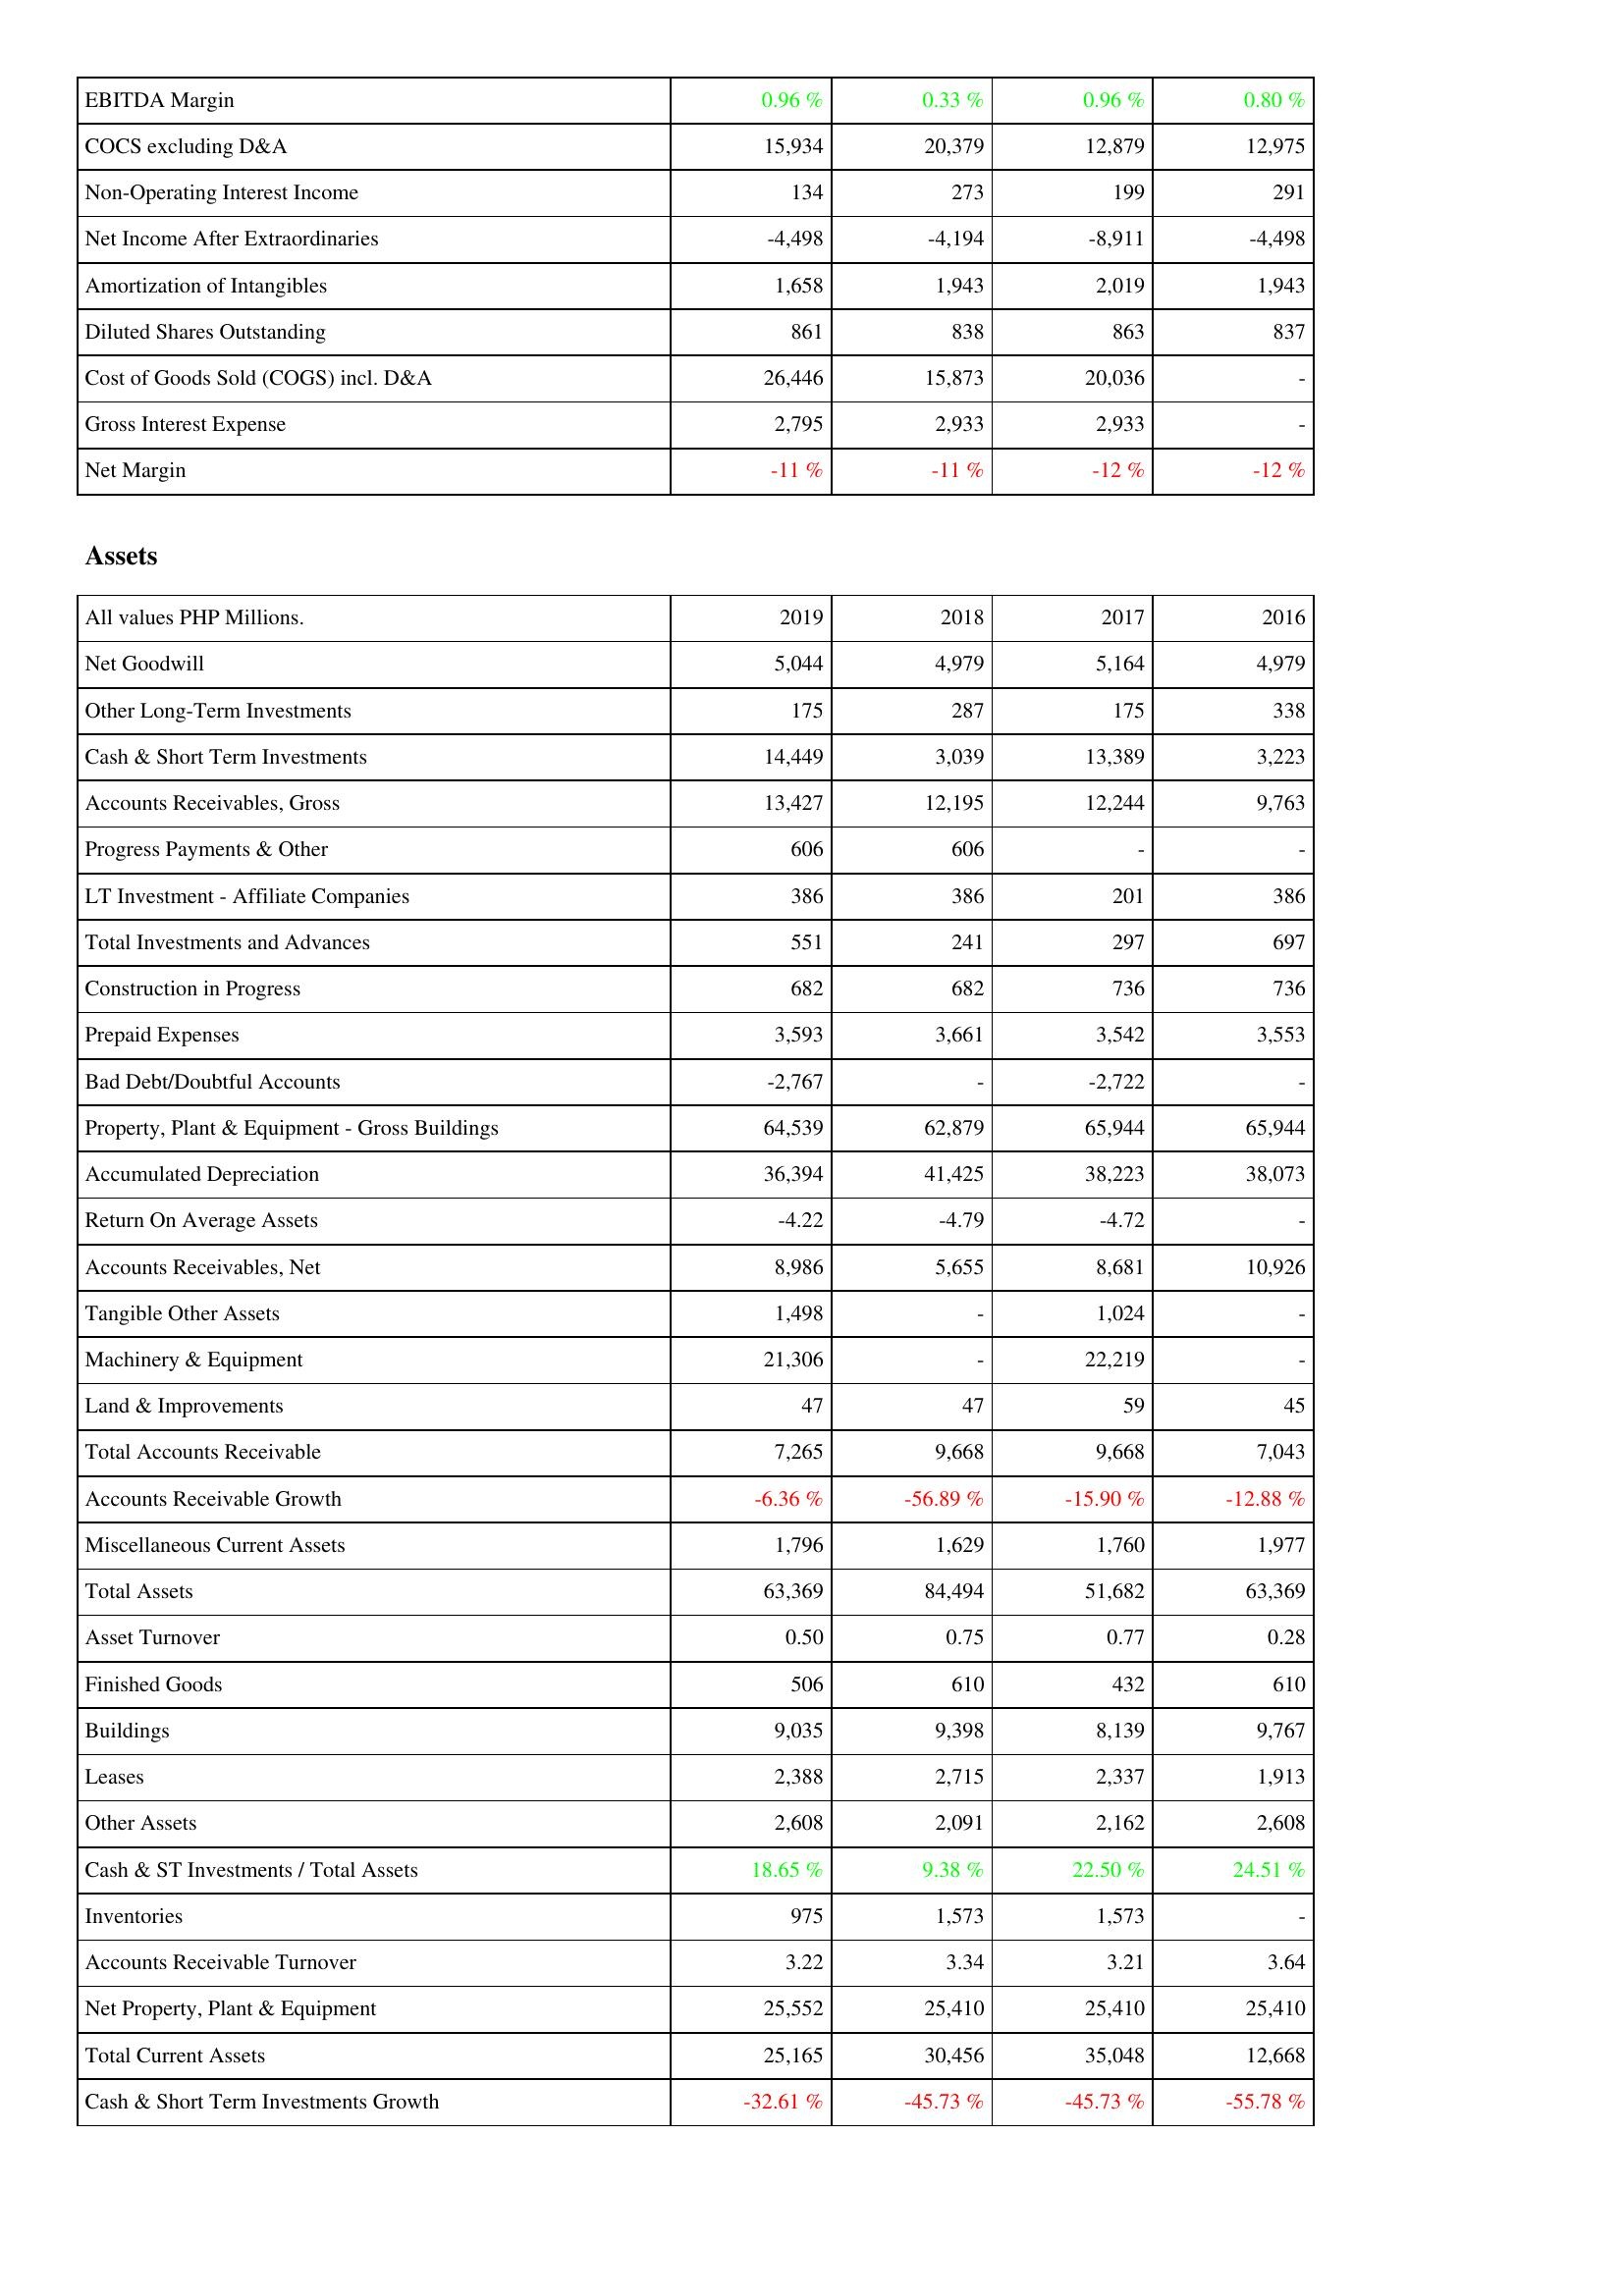
2019: Income Statement: EBITDA Margin: 0.96 %
COCS excluding D&A: 15,934
Non-Operating Interest Income: 134
Net Income After Extraordinaries: -4,498
Amortization of Intangibles: 1,658
Diluted Shares Outstanding: 861
Cost of Goods Sold (COGS) incl. D&A: 26,446
Gross Interest Expense: 2,795
Net Margin: -11 %
Assets: Net Goodwill: 5,044
Other Long-Term Investments: 175
Cash & Short Term Investments: 14,449
Accounts Receivables, Gross: 13,427
Progress Payments & Other: 606
LT Investment - Affiliate Companies: 386
Total Investments and Advances: 551
Construction in Progress: 682
Prepaid Expenses: 3,593
Bad Debt/Doubtful Accounts: -2,767
Property, Plant & Equipment - Gross Buildings: 64,539
Accumulated Depreciation: 36,394
Return On Average Assets: -4.22
Accounts Receivables, Net: 8,986
Tangible Other Assets: 1,498
Machinery & Equipment: 21,306
Land & Improvements: 47
Total Accounts Receivable: 7,265
Accounts Receivable Growth: -6.36 %
Miscellaneous Current Assets: 1,796
Total Assets: 63,369
Asset Turnover: 0.50
Finished Goods: 506
Buildings: 9,035
Leases: 2,388
Other Assets: 2,608
Cash & ST Investments / Total Assets: 18.65 %
Inventories: 975
Accounts Receivable Turnover: 3.22
Net Property, Plant & Equipment: 25,552
Total Current Assets: 25,165
Cash & Short Term Investments Growth: -32.61 %
2018: Income Statement: EBITDA Margin: 0.33 %
COCS excluding D&A: 20,379
Non-Operating Interest Income: 273
Net Income After Extraordinaries: -4,194
Amortization of Intangibles: 1,943
Diluted Shares Outstanding: 838
Cost of Goods Sold (COGS) incl. D&A: 15,873
Gross Interest Expense: 2,933
Net Margin: -11 %
Assets: Net Goodwill: 4,979
Other Long-Term Investments: 287
Cash & Short Term Investments: 3,039
Accounts Receivables, Gross: 12,195
Progress Payments & Other: 606
LT Investment - Affiliate Companies: 386
Total Investments and Advances: 241
Construction in Progress: 682
Prepaid Expenses: 3,661
Bad Debt/Doubtful Accounts: -
Property, Plant & Equipment - Gross Buildings: 62,879
Accumulated Depreciation: 41,425
Return On Average Assets: -4.79
Accounts Receivables, Net: 5,655
Tangible Other Assets: -
Machinery & Equipment: -
Land & Improvements: 47
Total Accounts Receivable: 9,668
Accounts Receivable Growth: -56.89 %
Miscellaneous Current Assets: 1,629
Total Assets: 84,494
Asset Turnover: 0.75
Finished Goods: 610
Buildings: 9,398
Leases: 2,715
Other Assets: 2,091
Cash & ST Investments / Total Assets: 9.38 %
Inventories: 1,573
Accounts Receivable Turnover: 3.34
Net Property, Plant & Equipment: 25,410
Total Current Assets: 30,456
Cash & Short Term Investments Growth: -45.73 %
2017: Income Statement: EBITDA Margin: 0.96 %
COCS excluding D&A: 12,879
Non-Operating Interest Income: 199
Net Income After Extraordinaries: -8,911
Amortization of Intangibles: 2,019
Diluted Shares Outstanding: 863
Cost of Goods Sold (COGS) incl. D&A: 20,036
Gross Interest Expense: 2,933
Net Margin: -12 %
Assets: Net Goodwill: 5,164
Other Long-Term Investments: 175
Cash & Short Term Investments: 13,389
Accounts Receivables, Gross: 12,244
Progress Payments & Other: -
LT Investment - Affiliate Companies: 201
Total Investments and Advances: 297
Construction in Progress: 736
Prepaid Expenses: 3,542
Bad Debt/Doubtful Accounts: -2,722
Property, Plant & Equipment - Gross Buildings: 65,944
Accumulated Depreciation: 38,223
Return On Average Assets: -4.72
Accounts Receivables, Net: 8,681
Tangible Other Assets: 1,024
Machinery & Equipment: 22,219
Land & Improvements: 59
Total Accounts Receivable: 9,668
Accounts Receivable Growth: -15.90 %
Miscellaneous Current Assets: 1,760
Total Assets: 51,682
Asset Turnover: 0.77
Finished Goods: 432
Buildings: 8,139
Leases: 2,337
Other Assets: 2,162
Cash & ST Investments / Total Assets: 22.50 %
Inventories: 1,573
Accounts Receivable Turnover: 3.21
Net Property, Plant & Equipment: 25,410
Total Current Assets: 35,048
Cash & Short Term Investments Growth: -45.73 %
2016: Income Statement: EBITDA Margin: 0.80 %
COCS excluding D&A: 12,975
Non-Operating Interest Income: 291
Net Income After Extraordinaries: -4,498
Amortization of Intangibles: 1,943
Diluted Shares Outstanding: 837
Cost of Goods Sold (COGS) incl. D&A: -
Gross Interest Expense: -
Net Margin: -12 %
Assets: Net Goodwill: 4,979
Other Long-Term Investments: 338
Cash & Short Term Investments: 3,223
Accounts Receivables, Gross: 9,763
Progress Payments & Other: -
LT Investment - Affiliate Companies: 386
Total Investments and Advances: 697
Construction in Progress: 736
Prepaid Expenses: 3,553
Bad Debt/Doubtful Accounts: -
Property, Plant & Equipment - Gross Buildings: 65,944
Accumulated Depreciation: 38,073
Return On Average Assets: -
Accounts Receivables, Net: 10,926
Tangible Other Assets: -
Machinery & Equipment: -
Land & Improvements: 45
Total Accounts Receivable: 7,043
Accounts Receivable Growth: -12.88 %
Miscellaneous Current Assets: 1,977
Total Assets: 63,369
Asset Turnover: 0.28
Finished Goods: 610
Buildings: 9,767
Leases: 1,913
Other Assets: 2,608
Cash & ST Investments / Total Assets: 24.51 %
Inventories: -
Accounts Receivable Turnover: 3.64
Net Property, Plant & Equipment: 25,410
Total Current Assets: 12,668
Cash & Short Term Investments Growth: -55.78 %